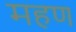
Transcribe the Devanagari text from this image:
महण